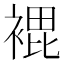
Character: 𮖘